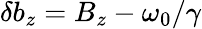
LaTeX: \delta b_{z}=B_{z}-\omega_{0}/\gamma